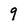
Character: 9